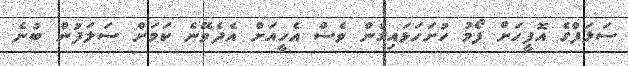
ސަލަފްގެ އޮފީހަށް ފޯމު ހުށަހަޅައިގެން ވެސް އެހީއަށް އެދެވޭނެ ކަމަށް ސަލަފުން ބުނެ